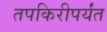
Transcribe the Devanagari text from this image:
तपकिरीपर्यंत